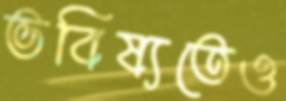
ভবিষ্যতেও